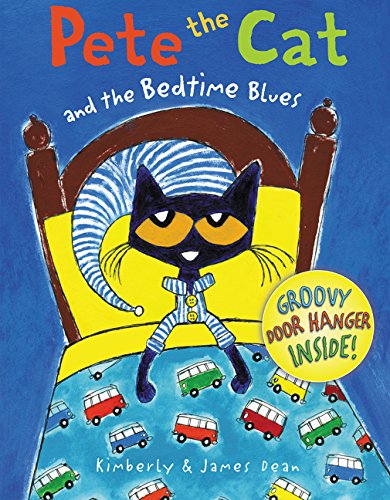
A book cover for Pete the Cat and the Bedtime Blues; James Dean; Children's Books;